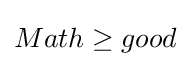
Math\geq good